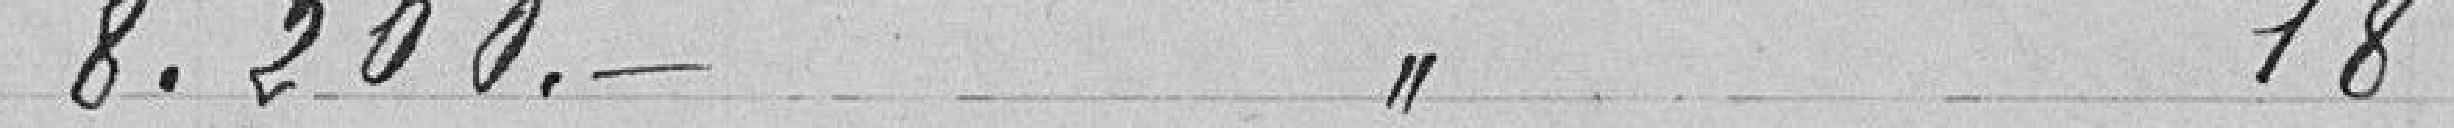
8.200 francs à l'article 18